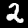
Digit: 2